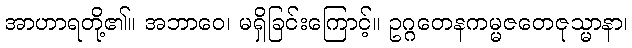
အာဟာရတို့၏။ အဘာဝေ၊ မရှိခြင်းကြောင့်။ ဥဂ္ဂတေနကမ္မဇတေဇုသ္မာနာ၊